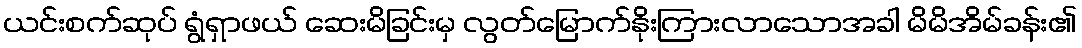
ယင်းစက်ဆုပ် ရွံရှာဖယ် ဆေးမိခြင်းမှ လွတ်မြောက်နိုးကြားလာသောအခါ မိမိအိမ်ခန်း၏